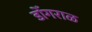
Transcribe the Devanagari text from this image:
डोँगराळ